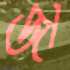
জা